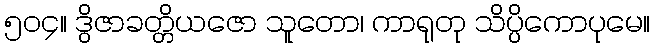
၅၀၄။ ဒွိဇာခတ္တိယဇော သူတော၊ ကာရုတု သိပ္ပိကောပုမေ။